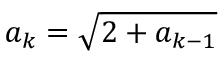
a _ { k } = { \sqrt { 2 + a _ { k - 1 } } }